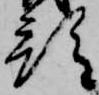
預